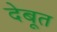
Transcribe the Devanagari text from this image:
देबूत